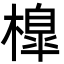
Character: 橰